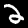
Digit: 2